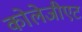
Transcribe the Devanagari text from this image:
कोलेजीएट